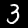
Digit: 3